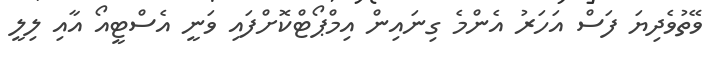
ވޭތުވެދިޔަ ފަސް އަހަރު އެންމެ ގިނައިން އިމްޕޯޓްކޮށްފައި ވަނީ އެސްޓީއޯ އާއި ލިލީ